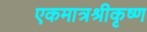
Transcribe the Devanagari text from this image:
एकमात्रश्रीकृष्ण